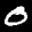
Label: 0